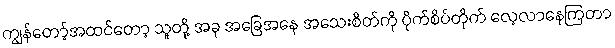
ကျွန်တော့်အထင်တော့ သူတို့ အခု အခြေအနေ အသေးစိတ်ကို ပိုက်စိပ်တိုက် လေ့လာနေကြတာ